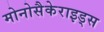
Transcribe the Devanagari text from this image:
मोनोसैकेराइड्स